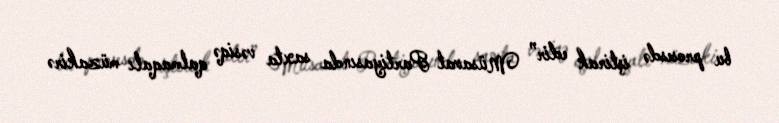
bu prosesdə iştirak edir” Müsavat Partiyasında saxta vəsiqə qalmaqalı müzakirə